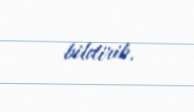
bildirib.